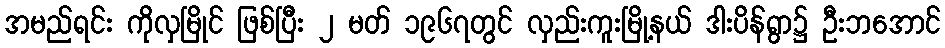
အမည်ရင်း ကိုလှမြိုင် ဖြစ်ပြီး ၂ မတ် ၁၉၆၇တွင် လှည်းကူးမြို့နယ် ဒါးပိန်ရွာ၌ ဦးဘအောင်